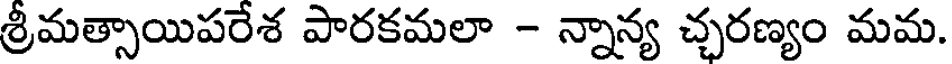
శ్రీమత్సాయిపరేశ పారకమలా - న్నాన్య చ్చరణ్యం మమ.